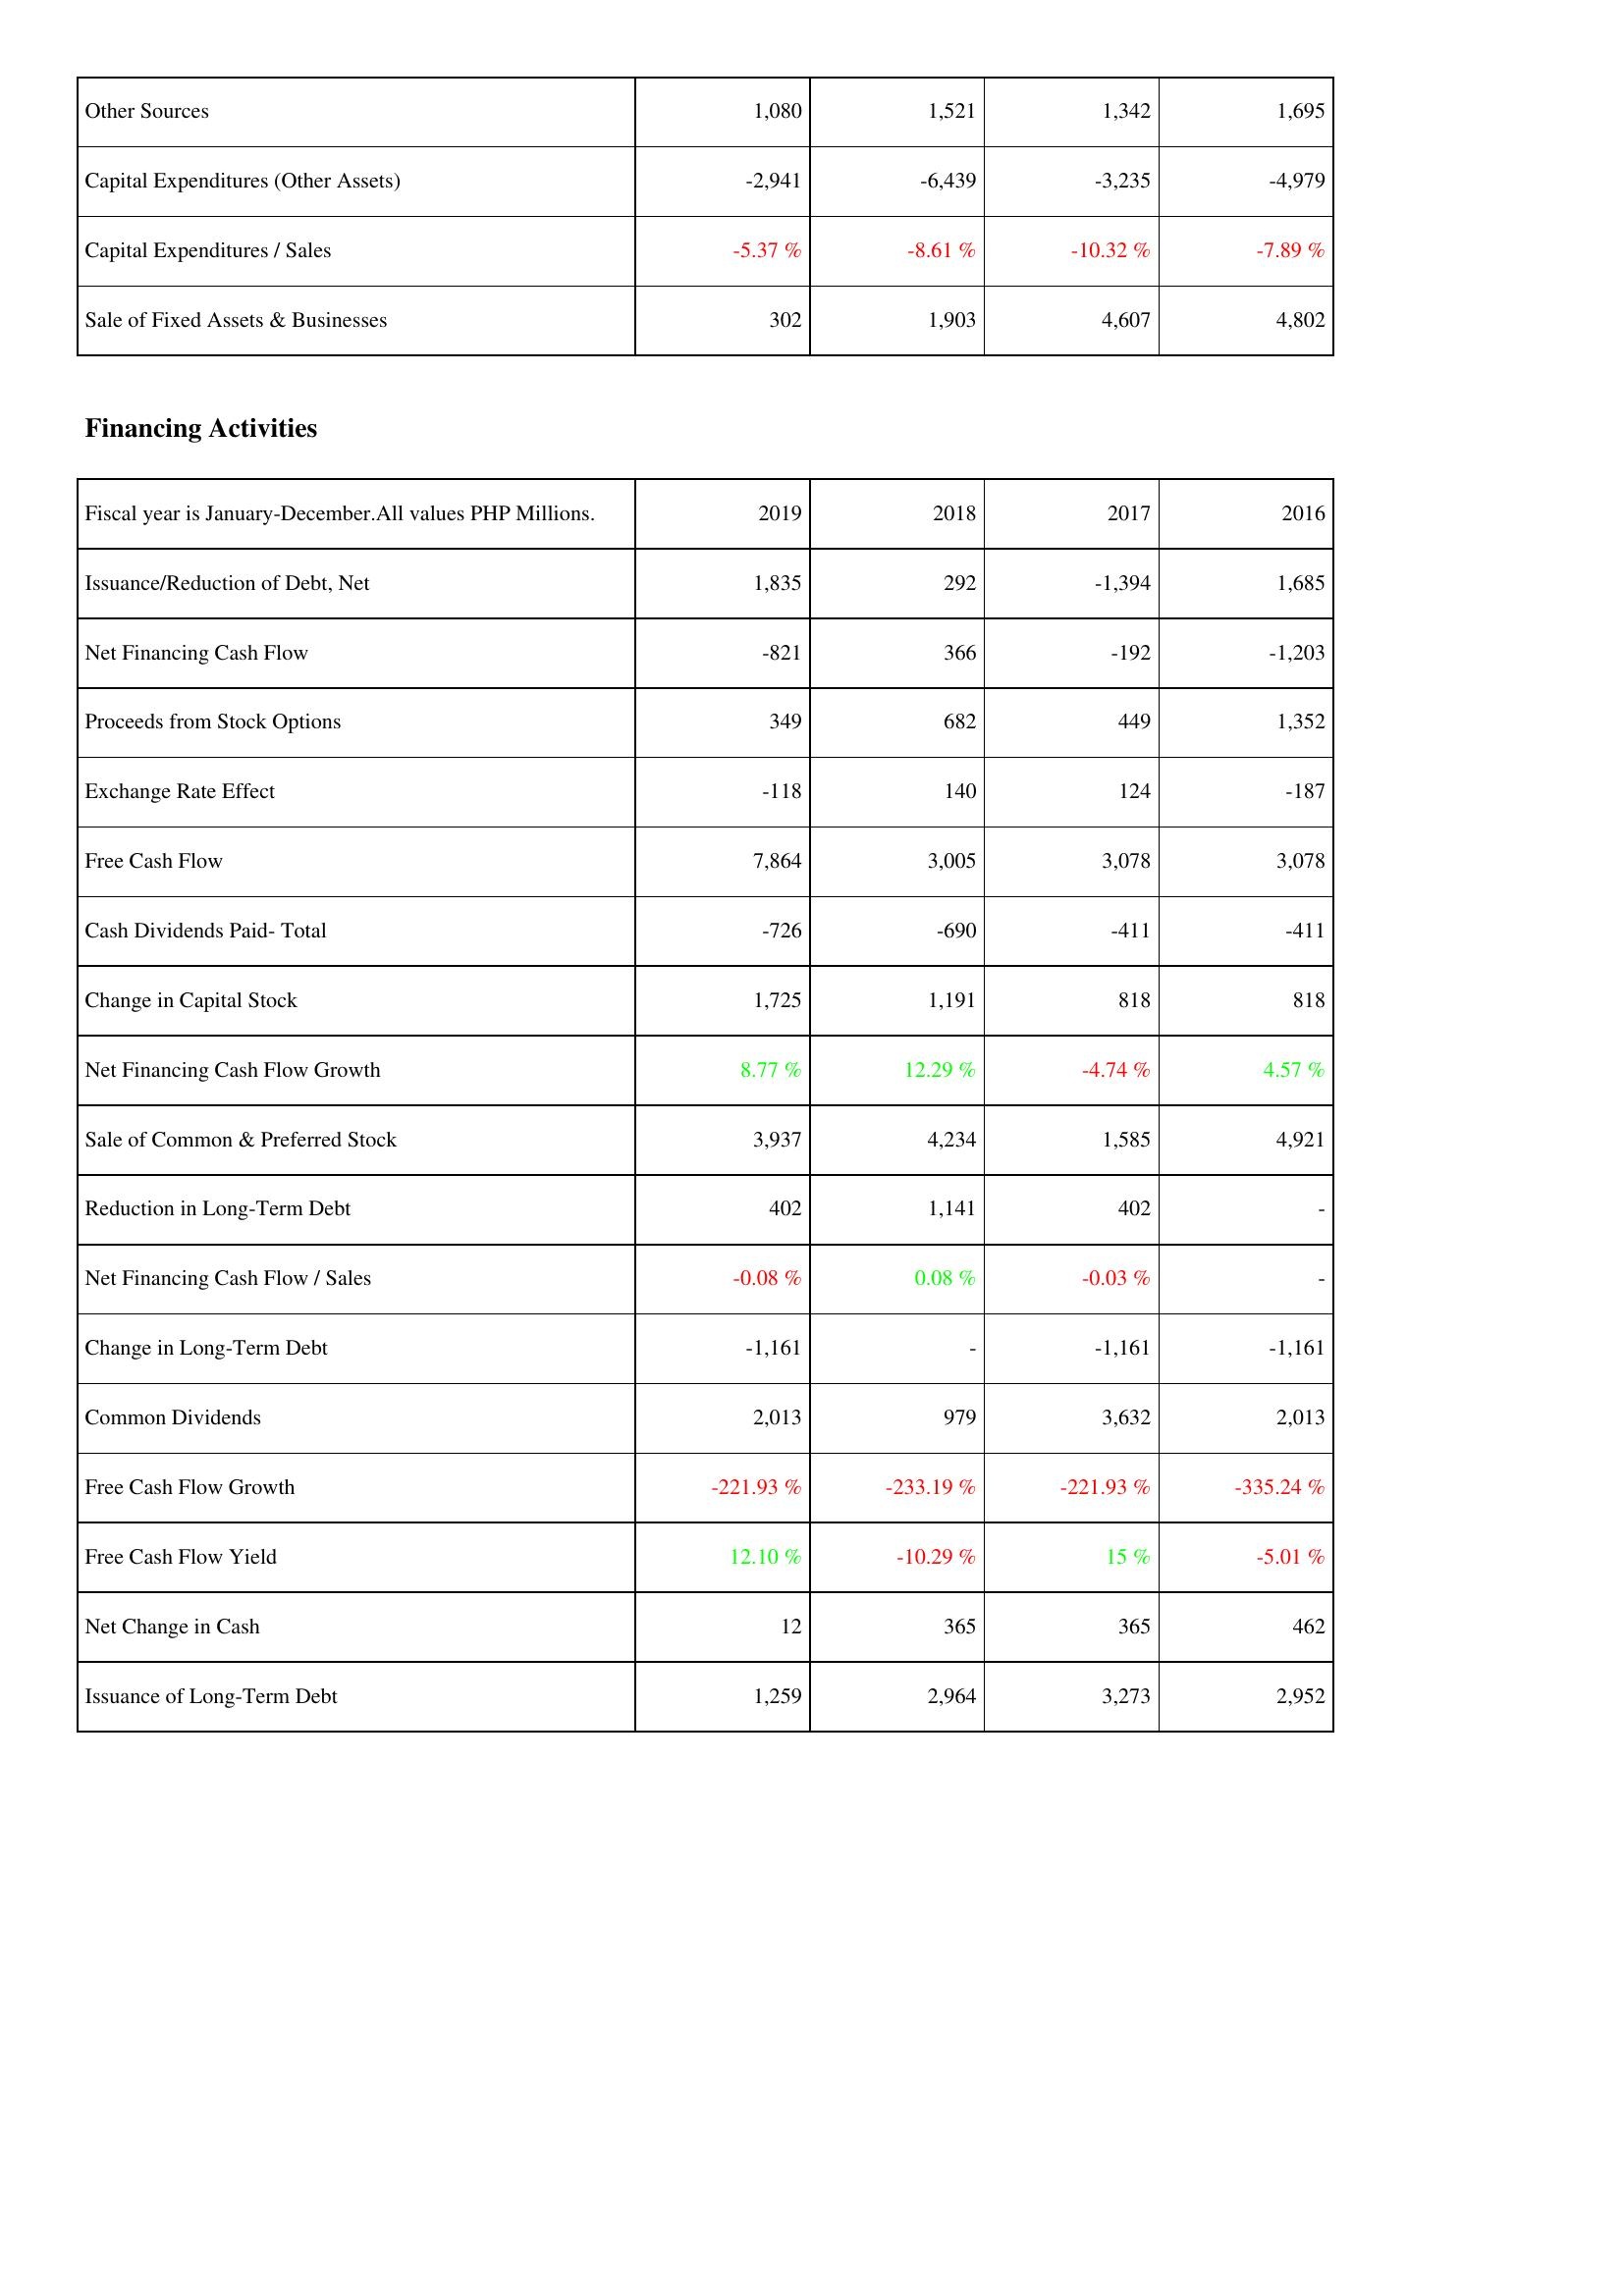
2019: Investing Activities: Other Sources: 1,080
Capital Expenditures (Other Assets): -2,941
Capital Expenditures / Sales: -5.37 %
Sale of Fixed Assets & Businesses: 302
Financing Activities: Issuance/Reduction of Debt, Net: 1,835
Net Financing Cash Flow: -821
Proceeds from Stock Options: 349
Exchange Rate Effect: -118
Free Cash Flow: 7,864
Cash Dividends Paid- Total: -726
Change in Capital Stock: 1,725
Net Financing Cash Flow Growth: 8.77 %
Sale of Common & Preferred Stock: 3,937
Reduction in Long-Term Debt: 402
Net Financing Cash Flow / Sales: -0.08 %
Change in Long-Term Debt: -1,161
Common Dividends: 2,013
Free Cash Flow Growth: -221.93 %
Free Cash Flow Yield: 12.10 %
Net Change in Cash: 12
Issuance of Long-Term Debt: 1,259
2018: Investing Activities: Other Sources: 1,521
Capital Expenditures (Other Assets): -6,439
Capital Expenditures / Sales: -8.61 %
Sale of Fixed Assets & Businesses: 1,903
Financing Activities: Issuance/Reduction of Debt, Net: 292
Net Financing Cash Flow: 366
Proceeds from Stock Options: 682
Exchange Rate Effect: 140
Free Cash Flow: 3,005
Cash Dividends Paid- Total: -690
Change in Capital Stock: 1,191
Net Financing Cash Flow Growth: 12.29 %
Sale of Common & Preferred Stock: 4,234
Reduction in Long-Term Debt: 1,141
Net Financing Cash Flow / Sales: 0.08 %
Change in Long-Term Debt: -
Common Dividends: 979
Free Cash Flow Growth: -233.19 %
Free Cash Flow Yield: -10.29 %
Net Change in Cash: 365
Issuance of Long-Term Debt: 2,964
2017: Investing Activities: Other Sources: 1,342
Capital Expenditures (Other Assets): -3,235
Capital Expenditures / Sales: -10.32 %
Sale of Fixed Assets & Businesses: 4,607
Financing Activities: Issuance/Reduction of Debt, Net: -1,394
Net Financing Cash Flow: -192
Proceeds from Stock Options: 449
Exchange Rate Effect: 124
Free Cash Flow: 3,078
Cash Dividends Paid- Total: -411
Change in Capital Stock: 818
Net Financing Cash Flow Growth: -4.74 %
Sale of Common & Preferred Stock: 1,585
Reduction in Long-Term Debt: 402
Net Financing Cash Flow / Sales: -0.03 %
Change in Long-Term Debt: -1,161
Common Dividends: 3,632
Free Cash Flow Growth: -221.93 %
Free Cash Flow Yield: 15 %
Net Change in Cash: 365
Issuance of Long-Term Debt: 3,273
2016: Investing Activities: Other Sources: 1,695
Capital Expenditures (Other Assets): -4,979
Capital Expenditures / Sales: -7.89 %
Sale of Fixed Assets & Businesses: 4,802
Financing Activities: Issuance/Reduction of Debt, Net: 1,685
Net Financing Cash Flow: -1,203
Proceeds from Stock Options: 1,352
Exchange Rate Effect: -187
Free Cash Flow: 3,078
Cash Dividends Paid- Total: -411
Change in Capital Stock: 818
Net Financing Cash Flow Growth: 4.57 %
Sale of Common & Preferred Stock: 4,921
Reduction in Long-Term Debt: -
Net Financing Cash Flow / Sales: -
Change in Long-Term Debt: -1,161
Common Dividends: 2,013
Free Cash Flow Growth: -335.24 %
Free Cash Flow Yield: -5.01 %
Net Change in Cash: 462
Issuance of Long-Term Debt: 2,952